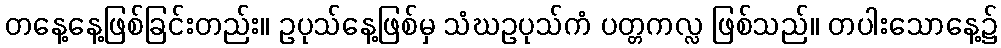
တနေ့နေ့ဖြစ်ခြင်းတည်း။ ဥပုသ်နေ့ဖြစ်မှ သံဃဥပုသ်ကံ ပတ္တကလ္လ ဖြစ်သည်။ တပါးသောနေ့၌